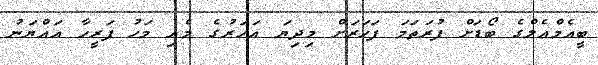
ބީއެމްއެލްގެ ބޯޑަށް ފުރަތަމަ ފަހަރަށް މިދިޔަ އަހަރުގެ މެއި މަހު ފަރީހާ އައްޔަނު